Mental hospitals Bombay report 1929-33 - 1929-1933
Year: 1929
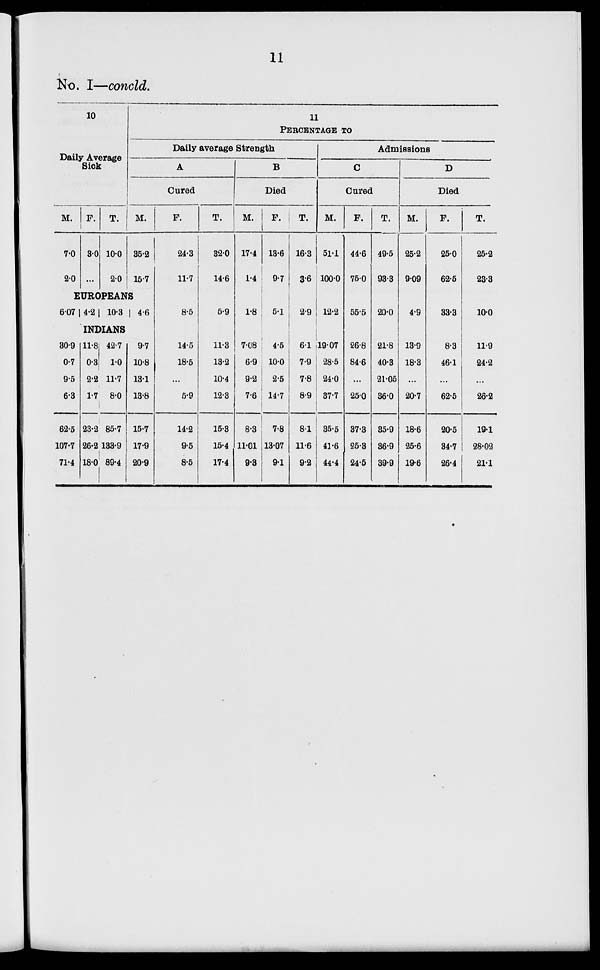
11
No. I—concld.
10
Daily Average
Sick
M.
7.0
2.0
F.
3.0
...
T.
10.0
2.0
11
PERCENTAGE
TO
Daily average Strength
A
Cured
M.
35.2
15.7
EUROPEANS
6.07 4.2 10.3
4.6
INDIANS
30.9
0.7
95
6.3
62.5
107.7
71.4
11.8
0.3
2.2
1.7
23.2
26.2
18.0
42.7
1.0
11.7
8.0
85.7
133.9
89.4
9.7
10.8
13.1
13.8
15.7
17.9
20.9
F.
24.3
11.7
8.5
14.5
18.5
...
5.9
14.2
9.5
8.5
T.
32.0
14.6
5.9
11.3
13.2
10.4
12.3
15.3
15.4
17.4
B
Died
M.
17.4
1.4
1.8
7.08
6.9
9.2
7.6
8.3
11.01
9.3
F.
13.6
9.7
5.1
4.5
10.0
2.5
14.7
7.8
13.07
9.1
T.
16.3
3.6
2.9
6.1
7.9
7.8
8.9
8.1
11.6
9.2
Admissions
C
Cured
M.
51.1
100.0
12.2
19.07
28.5
24.0
37.7
35.6
41.6
44.4
F.
44.6
75.0
55.5
26.8
84.6
...
25.0
37.3
25.3
24.5
T.
49.5
93.3
20.0
21.8
40.3
21.05
36.0
35.9
36.9
39.9
D
Died
M.
25.2
9.09
4.9
13.9
18.3
...
20.7
18.6
25.6
19.6
F.
25.0
62.5
33.3
8.3
46.1
...
62.5
20.5
34.7
26.4
T.
25.2
23.3
10.0
11.9
24.2
...
26.2
19.1
28.02
21.1